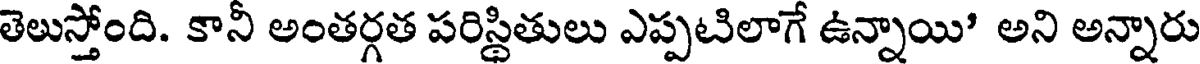
తెలుస్తోంది. కానీ అంతర్గత పరిస్థితులు ఎప్పటిలాగే ఉన్నాయి' అని అన్నారు